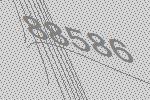
88586